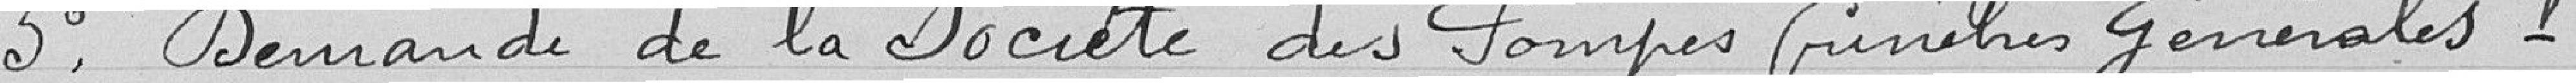
5° Demande de la Société des Pompes Funèbres Générales.